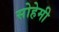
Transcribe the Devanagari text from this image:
सोहेमी